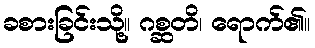
ခစားခြင်းသို့။ ဂစ္ဆတိ၊ ရောက်၏။